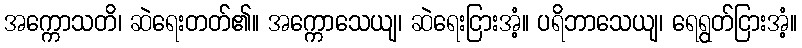
အက္ကောသတိ၊ ဆဲရေးတတ်၏။ အက္ကောသေယျ၊ ဆဲရေးငြားအံ့။ ပရိဘာသေယျ၊ ရေရွတ်ငြားအံ့။